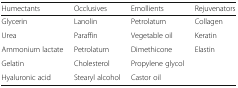
| Humectants | Occlusives | Emollients | Rejuvenators |
 | --- | --- | --- | --- |
 | Glycerin | Lanolin | Petrolatum | Collagen |
 | Urea | Paraffin | Vegetable oil | Keratin |
 | Ammonium lactate | Petrolatum | Dimethicone | Elastin |
 | Gelatin | Cholesterol | Propylene glycol |  |
 | Hyaluronic acid | Stearyl alcohol | Castor oil |  |